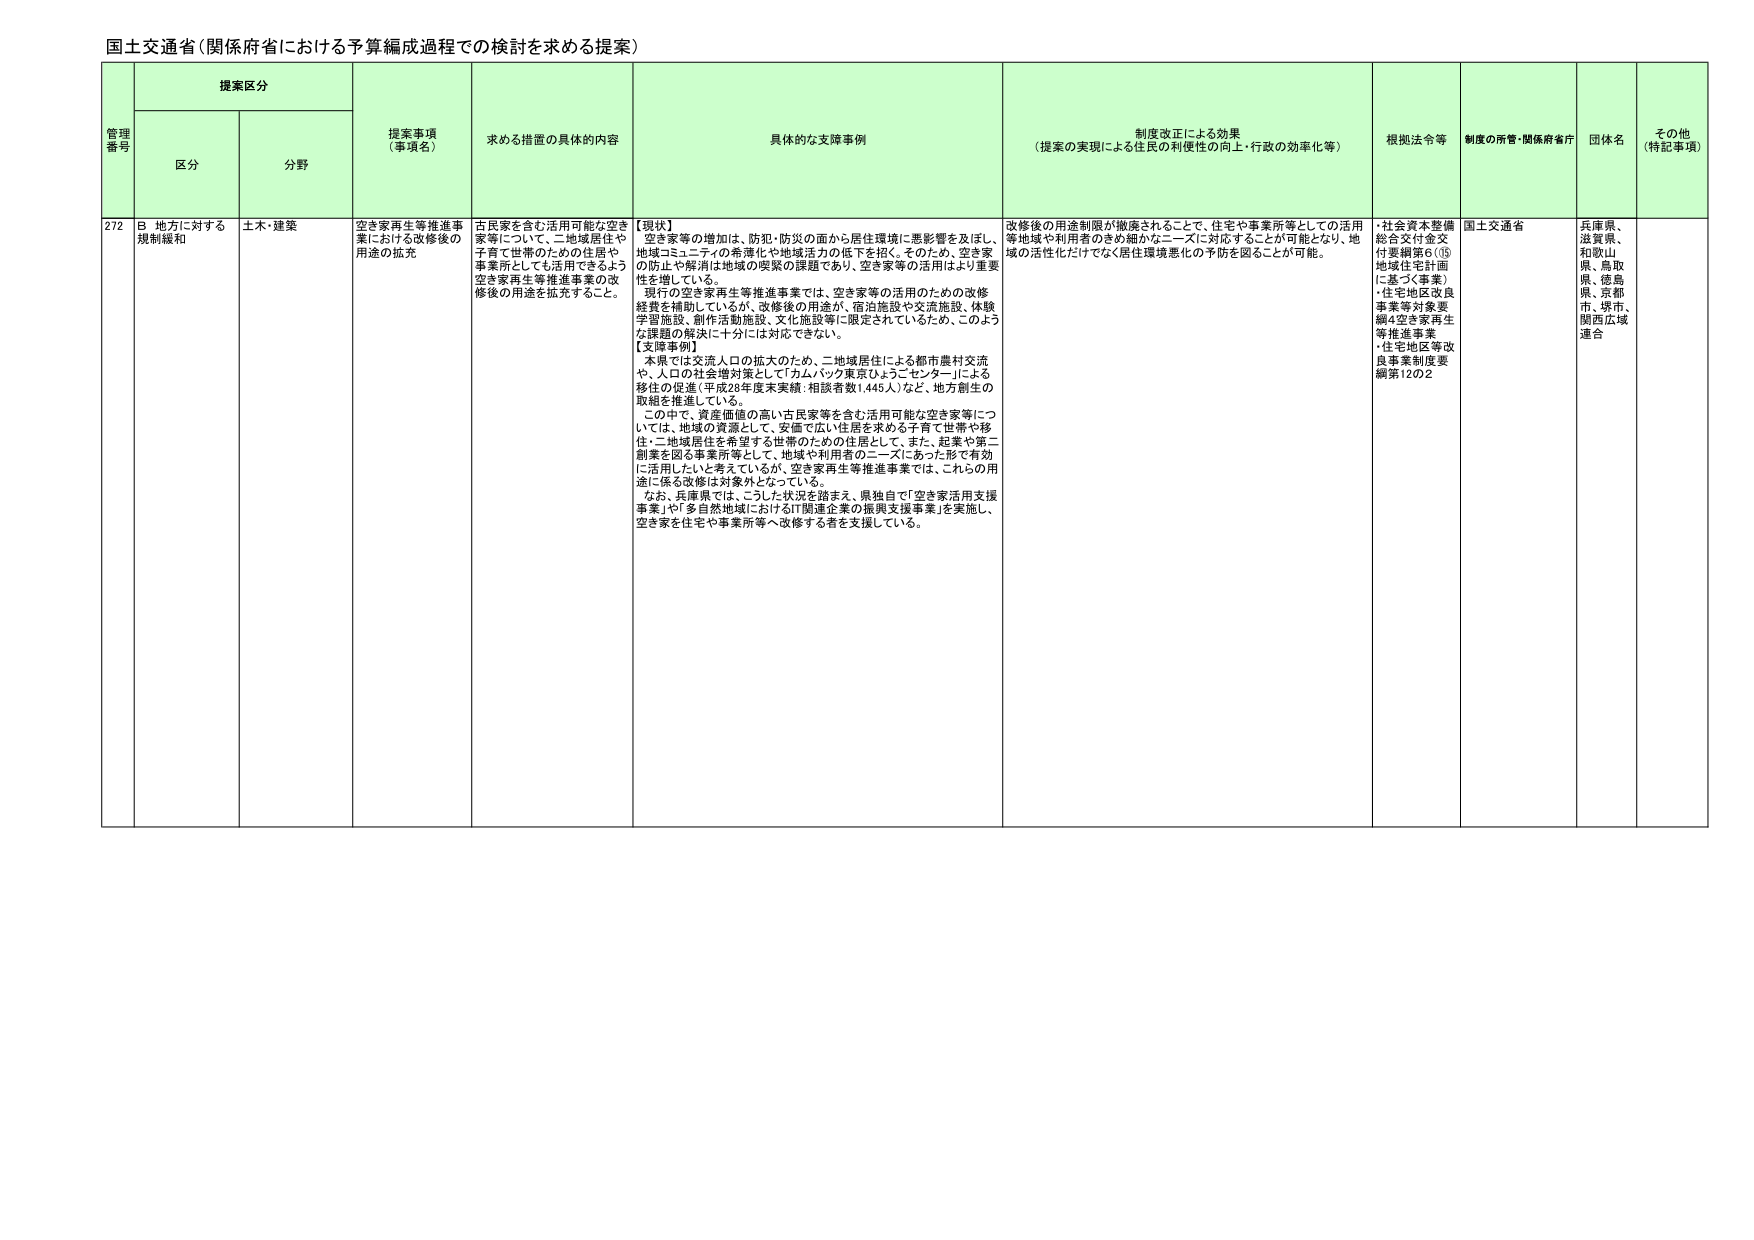
国土交通省（関係府省における予算編成過程での検討を求める提案）

管理番号 提案区分 提案事項（事項名） 求める措置の具体的内容 具体的な支援事例 制度改正による効果（提案の実現による住民の利便性の向上・行政の効率化等） 根拠法令等 制度の所管・関係府省庁 団体名 その他（特記事項）

区分 分野

272 B 地方に対する規制緩和 土木・建築 空き家再生等推進事業における改修後の用途の拡充 古民家を含む活用可能な空き家等について、二地域居住や子育て世帯のための住居や事業所としても活用できるよう空き家再生等推進事業の改修後の用途を拡充すること。 【現状】 空き家等の増加は、防犯・防災の面から居住環境に悪影響を及ぼし、地域コミュニティの希薄化や地域活力の低下を招く。そのため、空き家の防止や解消は地域の喫緊の課題であり、空き家等の活用はより重要性を増している。 現行の空き家再生等推進事業では、空き家等の活用のための改修経費を補助しているが、改修後の用途が、宿泊施設や交流施設、体験学習施設、創作活動施設、文化施設等に限定されているため、このような課題の解決に十分には対応できない。 【支援事例】 本県では交流人口の拡大のため、二地域居住による都市農村交流や、人口の社会増対策として「カムバック東京ひょうごセンター」による移住の促進（平成28年度末実績：相談者数1,445人）など、地方創生の取組を推進している。 この中で、資産価値の高い古民家等を含む活用可能な空き家等については、地域の資源として、安価で広い住居を求める子育て世帯や移住・二地域居住を希望する世帯のための住居として、また、起業や第二創業を図る事業所等として、地域や利用者のニーズにあった形で有効に活用したいと考えているが、空き家再生等推進事業では、これらの用途に係る改修は対象外となっている。 なお、兵庫県では、こうした状況を踏まえ、県独自で「空き家活用支援事業」や「多自然地域におけるIT関連企業の振興支援事業」を実施し、空き家を住宅や事業所等へ改修する者を支援している。 改修後の用途制限が撤廃されることで、住宅や事業所等としての活用等地域や利用者のきめ細かなニーズに対応することが可能となり、地域の活性化だけでなく居住環境悪化の予防を図ることが可能。 ・社会資本整備総合交付金交付要綱第6（⑤地域住宅計画に基づく事業） ・住宅地区改良事業等対象要綱4空き家再生等推進事業 ・住宅地区等改良事業制度要綱第12の2 国土交通省 兵庫県、滋賀県、和歌山県、鳥取県、徳島県、京都市、堺市、関西広域連合